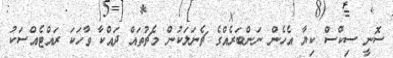
ސޮނީ ސިކްސް ކިޔާ އެހެން ނަންބަރެއްގެ ޗެނަލަކުން މެޗުތައް ދައްކާ ވާހަކަ ރައްޓެއްސަކު